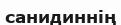
санидиннің